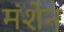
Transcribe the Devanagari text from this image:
मंशेन